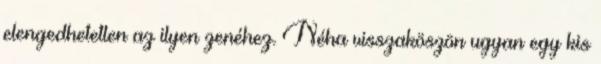
elengedhetetlen az ilyen zenéhez. Néha visszaköszön ugyan egy kis